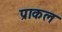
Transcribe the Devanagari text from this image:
प्राकल